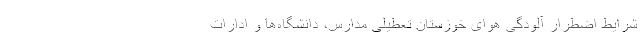
شرایط اضطرار آلودگی هوای خوزستان تعطیلی مدارس، دانشگاه‌ها و ادارات